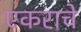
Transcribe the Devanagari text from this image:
एकराचे